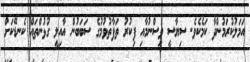
އަމަލުކުރަމުންދާ ކަމެކެވެ. ސިޔާސީ ވިސްނުމާއި ފިކުރު ތަފާތުވުމުގެ ސަބަބުން އާއިލީ ގުޅުންތައް ކެނޑޭކަށް